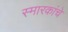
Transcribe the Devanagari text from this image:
स्मारकांचे